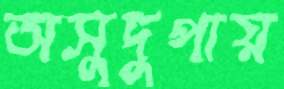
অসুদুপায়